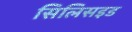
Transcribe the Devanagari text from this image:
सिलिसइड